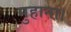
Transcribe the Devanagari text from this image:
मुहाना।